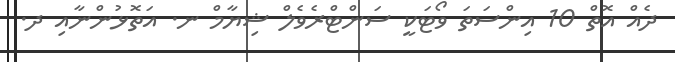
ދެއް އޮތް 10 އިންސަތަ ވޯޓަކީ ސަންޓްރެވެލް ޝިޔާމް ނ. އަތޮޅުންނާއި ދ.